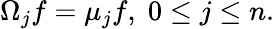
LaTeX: \Omega_{j}f=\mu_{j}f,\; 0\leq j\leq n.